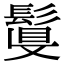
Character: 𩮉